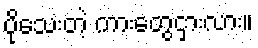
ပိုသေးတဲ့ ကားတွေငှားလား။